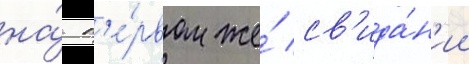
на́ п'е́рвом же́ св'ида́н'ии